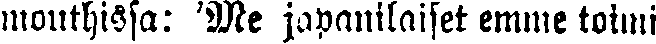
mouthissa: 'Me japanilaiset emme toimi